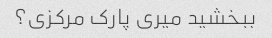
ببخشید میری پارک مرکزی؟